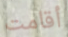
أقامت